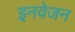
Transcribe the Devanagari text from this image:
इनवेजन